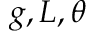
g , L , \theta